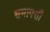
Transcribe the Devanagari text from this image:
समापत्ती